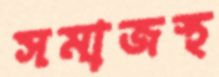
সমাজস্থ